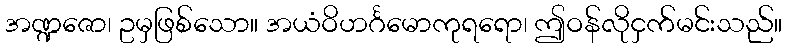
အဏ္ဍဇော၊ ဥမှဖြစ်သော။ အယံဝိဟင်္ဂမောကုရရော၊ ဤဝန်လိုငှက်မင်းသည်။